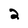
Character: 2